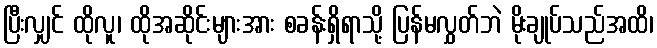
ပြီးလျှင် ထိုလူ၊ ထိုအဆိုင်းများအား စခန်းရှိရာသို့ ပြန်မလွှတ်ဘဲ မိုးချုပ်သည်အထိ၊